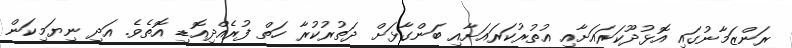
ރަންޒަމާނުގައި އޮޅުދޫކަރައަށާއި އުތުރުކަރައަށާއި ބަންގާޅަށް ދަތުރުކުރާ ހަތް ފުރެއްދިއޮޑި އޮތެވެ. އަދި ނިޔަމިކަން